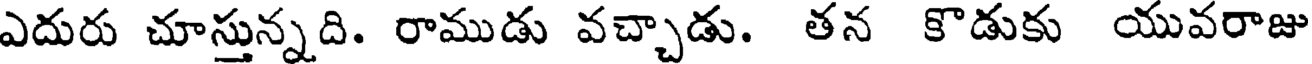
ఎదురు చూస్తున్నది. రాముడు వచ్చాడు. తన కొడుకు యువరాజు